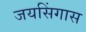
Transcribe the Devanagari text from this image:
जयसिंगास